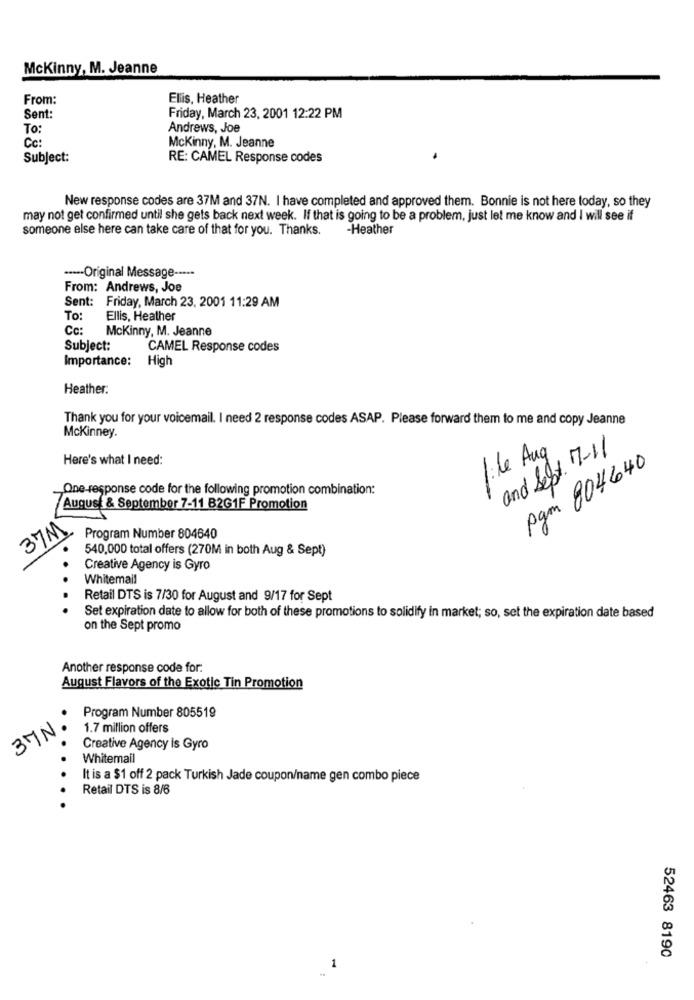
McKinny, M. Jeanne
From:
Ellis, Heather
Sent:
Friday, March 23, 2001 12:22 PM
To:
Andrews, Joe
Cc:
Mckinny, M. Jeanne
Subject:
RE: CAMEL Response codes
New response codes are 37M and 37N. I have completed and approved them. Bonnie is not here today, so they
may not get confirmed until she gets back next week. If that is going to be a problem, just let me know and I will see if
someone else here can take care of that for you. Thanks.
-Heather
.---- Original Message --***
From: Andrews, Joe
Sent: Friday, March 23, 2001 11:29 AM
To:
Ellis, Heather
Cc:
McKinny, M. Jeanne
Subject:
CAMEL Response codes
Importance:
High
Heather:
Thank you for your voicemail. I need 2 response codes ASAP. Please forward them to me and copy Jeanne
Mckinney.
and Sept. 7-11
Here's what I need:
file Aug
pgm 804640
One-response code for the following promotion combination:
August & September 7-11 B2G1F Promotion
37M
Program Number 804640
540,000 total offers (270M in both Aug & Sept)
Creative Agency is Gyro
.
Whitemail
Retail DTS is 7/30 for August and 9/17 for Sept
Set expiration date to allow for both of these promotions to solidify in market; so, set the expiration date based
on the Sept promo
Another response code for:
August Flavors of the Exotic Tin Promotion
.
Program Number 805519
37N
1.7 million offers
Creative Agency Is Gyro
Whitemail
It is a $1 off 2 pack Turkish Jade coupon/name gen combo piece
Retail DTS is 8/6
52463 8190